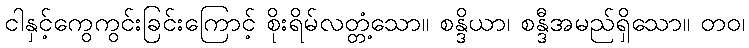
ငါနှင့်ကွေကွင်းခြင်းကြောင့် စိုးရိမ်လတ္တံ့သော။ စန္ဒိယာ၊ စန္ဒီအမည်ရှိသော။ တဝ၊